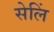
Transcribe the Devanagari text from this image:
सेलिं